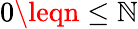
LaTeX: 0\leqn\leq\mathbb{N}